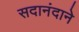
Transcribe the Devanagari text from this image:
सदानंदाने